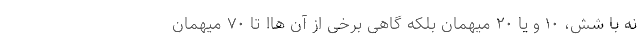
نه با شش، ۱۰ و یا ۲۰ میهمان بلکه گاهی برخی از آن هاا تا ۷۰ میهمان